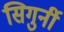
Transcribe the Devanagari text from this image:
सिगुर्नी